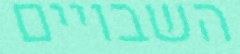
השבויים